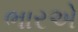
ભારએ